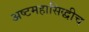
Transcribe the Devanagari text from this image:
अष्टमहासिद्धीच